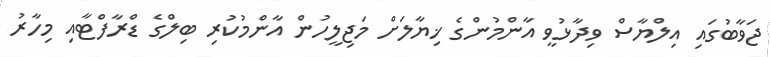
ޖަވާބުގައި އިލްޔާސް ވިދާޅުވީ އާންމުންގެ ޚިިޔާލަށް މަޖިލީހުން އާންމުކުރި ބިލްގެ ޑްރާފްޓާއި މިހާރު